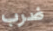
ضرب